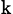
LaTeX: _\mathrm{k}